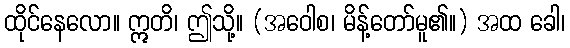
ထိုင်နေလော။ ဣတိ၊ ဤသို့။ (အဝေါစ၊ မိန့်တော်မူ၏။) အထ ခေါ၊